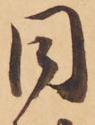
同